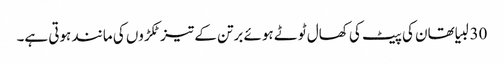
30 لبیا تھان کی پیٹ کی کھال ٹوٹے ہوئے برتن کے تیز ٹکڑوں کی مانند ہوتی ہے۔